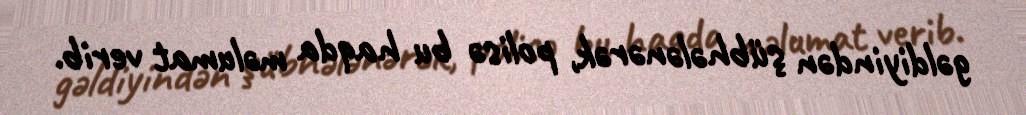
gəldiyindən şübhələnərək, polisə bu haqda məlumat verib.